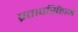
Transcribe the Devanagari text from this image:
प्रतापसिंहानें